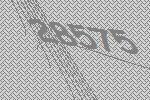
28575